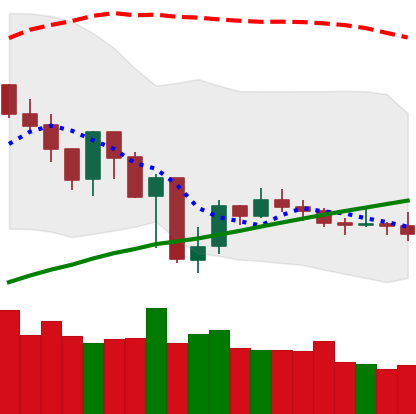
Ticker: XMR-USD
Chart end date: 2019-07-27
Forward return: 3.931%
Label: up_3_5